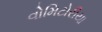
વોમિટોરીયા